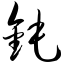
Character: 钝